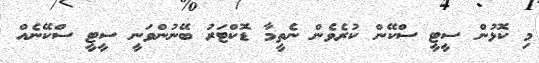
މި ކޮޅުން ސީޓީ ސްކޭން ކުރެވެން ނެތީމާ ޑޮކްޓަރު ބޭނުންވަނީ ސީޓީ ސްކޭނެއް